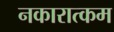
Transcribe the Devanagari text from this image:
नकारात्‍कम